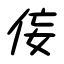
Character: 侫